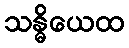
သန္ဓိယေထ